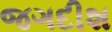
જગદીશ